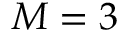
M = 3